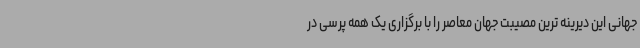
جهانی این دیرینه ترین مصیبت جهان معاصر را با برگزاری یک همه پرسی در